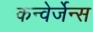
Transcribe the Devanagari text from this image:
कन्वेर्जेन्स